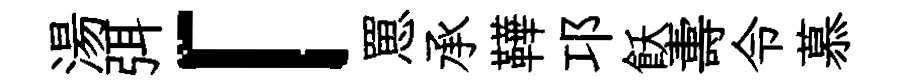
湯弭「罳承鞾邛飫夀令慕